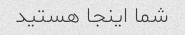
شما اینجا هستید